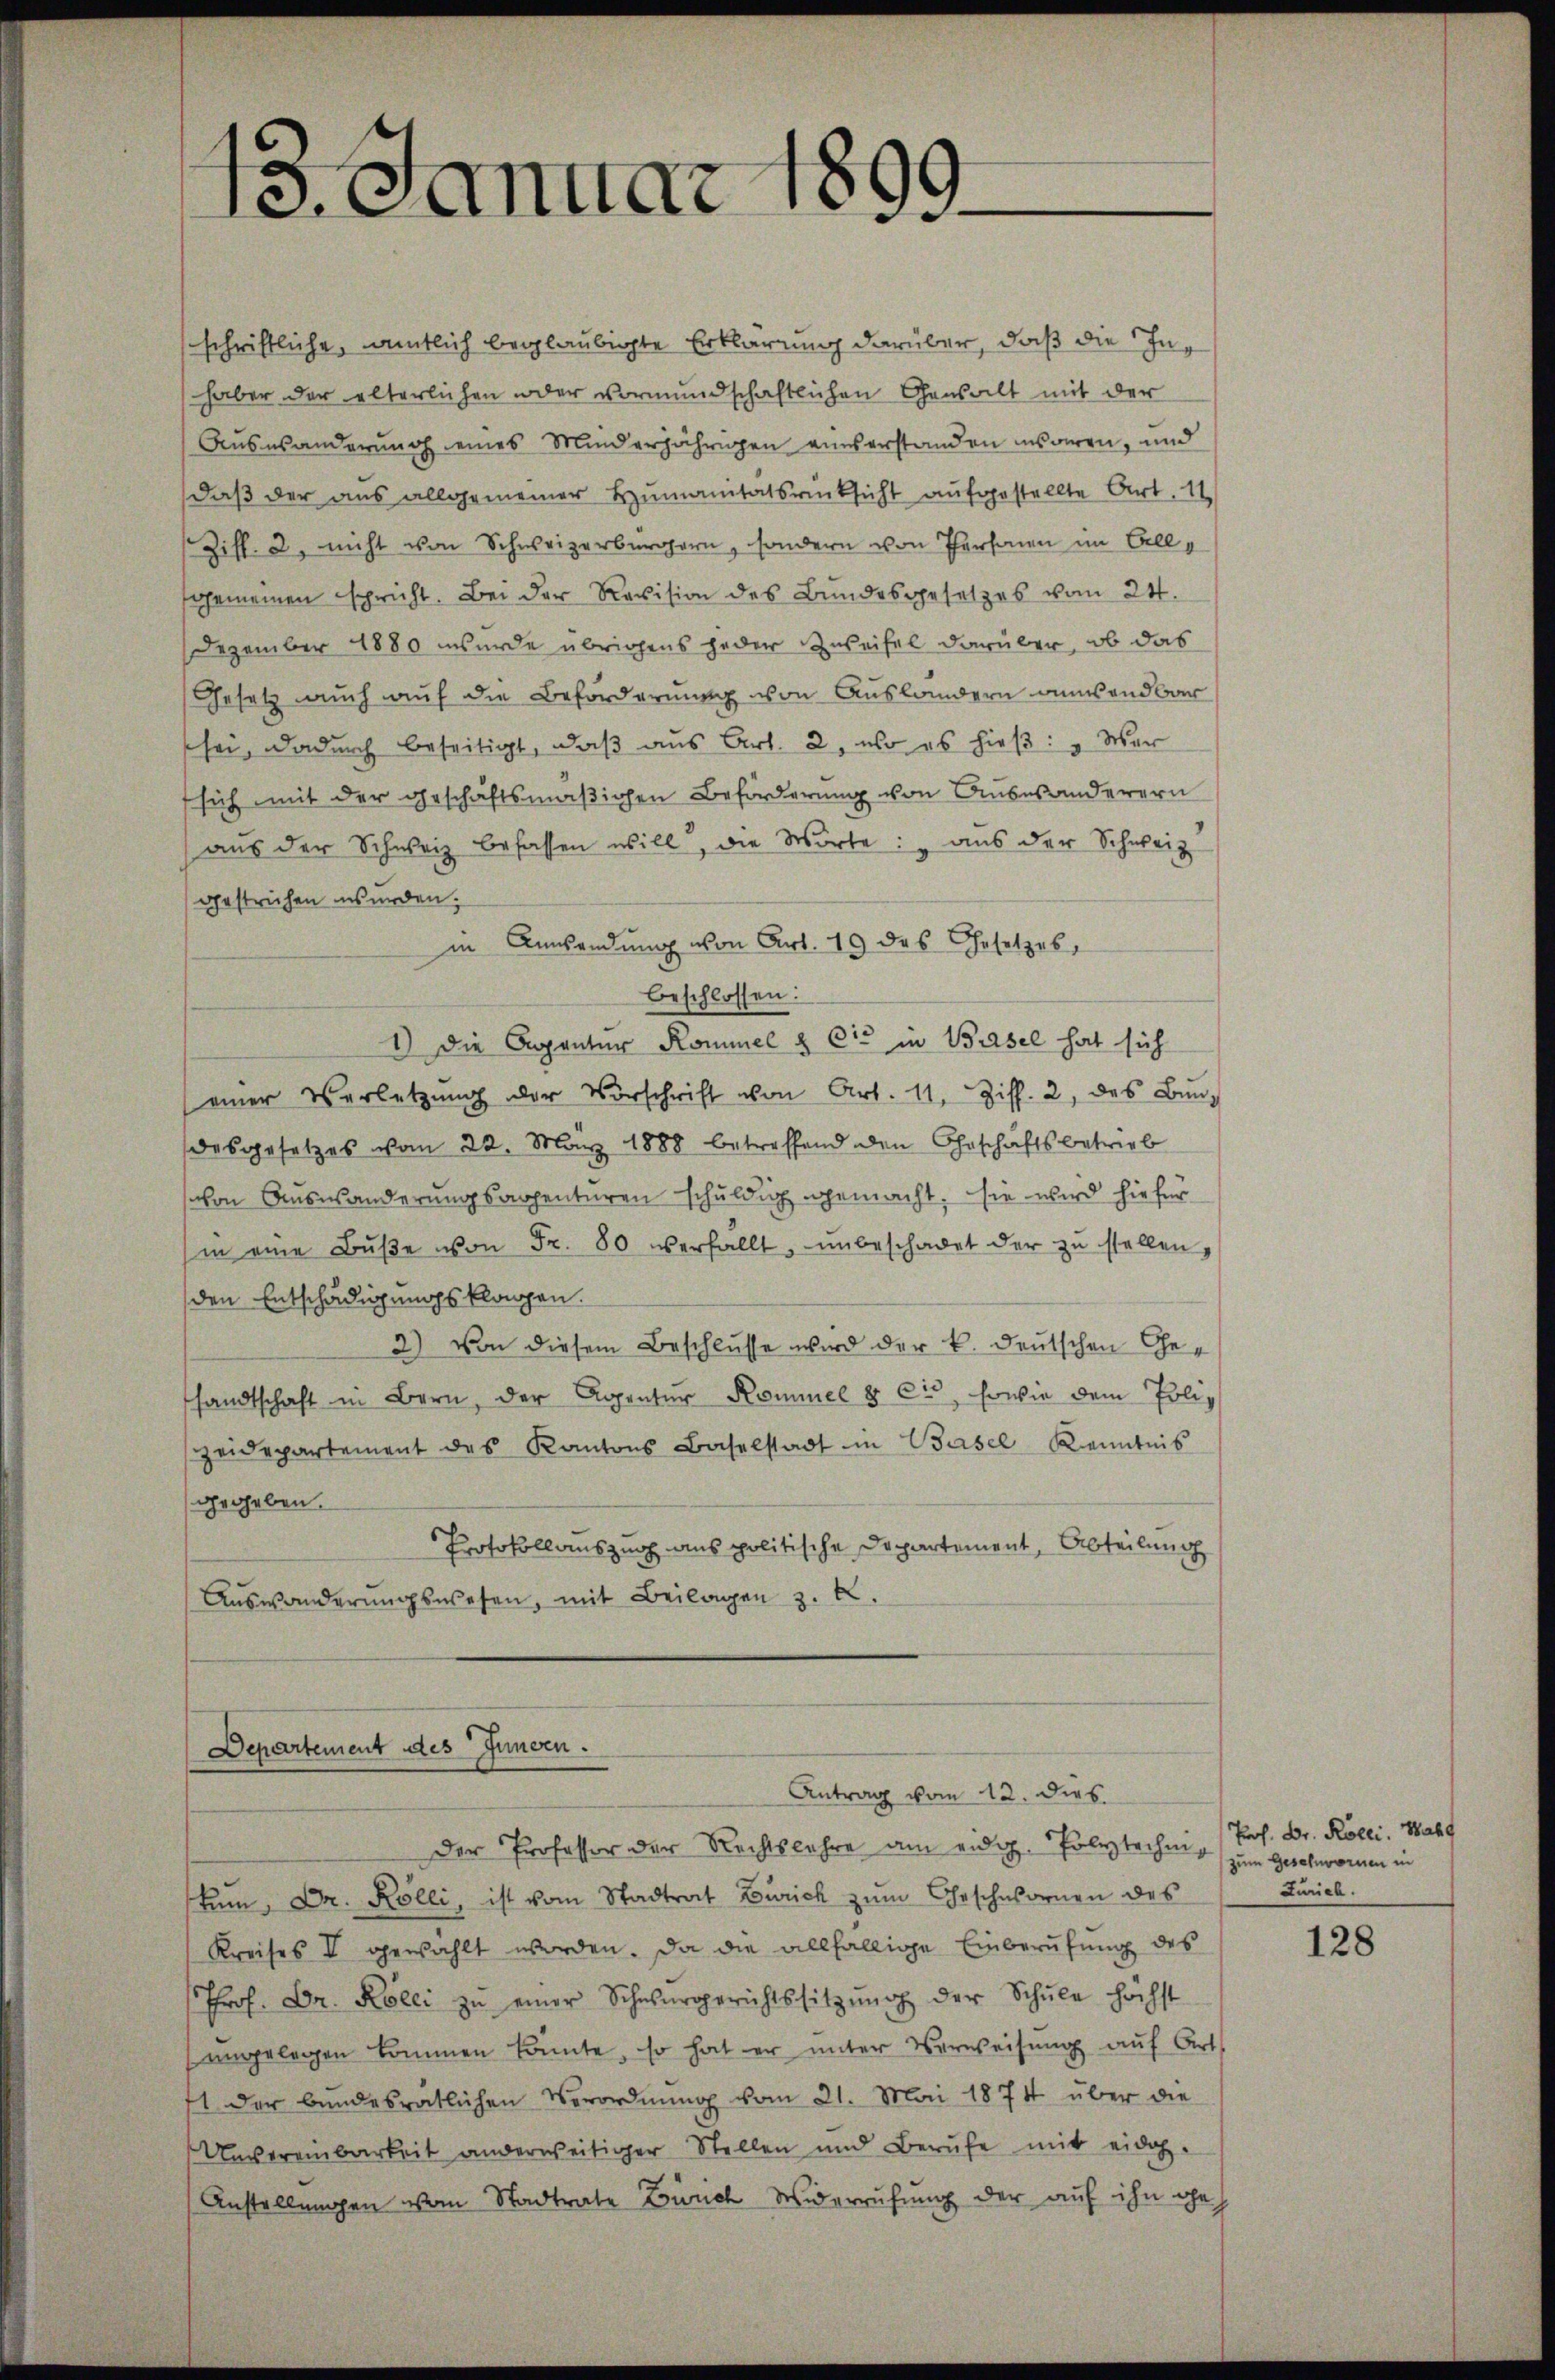
Der Professor der Rechtslehre am eidg. Polytechung zum Geschwornen in
kum. Dr. Kölli, ist vom Stadtrat Zürich zum Geschwornen des
Kreises II gewählt worden. Da die allfällige Einberufung des
Prof. Dr. Kolli zŭ einer Schwurgerichtssitzŭng der Schŭle höchst
ŭngelegen kommen könnte, so hat er unter Verweisŭng aŭf Art
ft der bundesrätlichen Verordnung vom 21. Mai 1874 über die
Unvereinbarkeit anderweitiger Stellen und Berufe mit eidoh-
Anstellungen vom Stadtrate Durch Widerrufung der auf ihn geh

13. Januar 1899

schriftliche, amtlich beglaubigte Erklärung darüber, daß die Inhaber der elterlichen oder vormundschaftlichen Gensalt mit der
Auswanderung eines Minderjährigen einserstanden insgeren, und
daß der aus allgemeiner Humanitätsrücksicht aufgestellte Art. 11
Ziff. 2, nicht von Schweizerbürgern, sondern von Thor im Bell
fgemeinen spricht. Bei der Revision des Bundesgesetzes vom 24.
Dezember 1880 wurde übrigens jeder Zweifel darüber, ob das
Gesetz auch auf die Beförderung von Auslandern anwendbar
sei, dadurch beseitigt, daß aus Art. 2, wo es hieß: „Wer
sich mit der geschäftsmäßichen Beförderung von Auswanderern
aus der Schweiz befassen will, die Worte: „aus der Schweiz
gestrichen wurden.
in Ansendung von Art. 19 des Gesetzes
beschlossen:
1) Die Apanter Kommel & Cie in Basel hat sich
einer Verletzŭng der Vorschrift von Art. 11, Ziff. 2, des Bundesgesetzes vom 22. März 1888 betreffend den Eheschäftsbetrieb
schon Auswanderungsachenturen schuldig gemacht, sie wird hiefür
in eine Bŭβe von Fr. 80 verfallt, unbeschadet der zŭ stellen,
den Entschädigungsklagen.
2.) Von diesem Beschlusse wird der k. deutschen Gesandtschaft in Bern, der Agentur Kommel & Cie, sowie dem Poliz
zeidepartement des Kantons Baselstadt in Basel Kenntnis
gegeben.
Protokollauszug aus politische Departement, Abteilung
Auswanderungswesen, mit Beilagen z. B.

Departement des Innern.
Antrag vom 12. dies

Prof. Dr. Roeci. Wahl
Zürich.

128